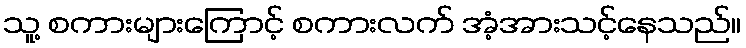
သူ့ စကားများကြောင့် စကားလက် အံ့အားသင့်နေသည်။